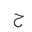
Letter: _ha